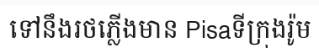
ទៅនឹងរថភ្លើងមាន Pisaទីក្រុងរ៉ូម